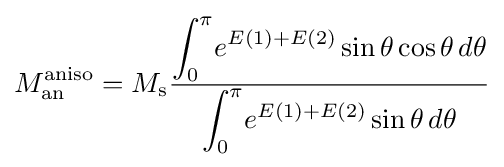
M_{\text{an}}^{\text{aniso}}=M_{\text{s}}{\frac {\displaystyle \int _{0}^{\pi }\!e^{E(1)+E(2)}\sin \theta \cos \theta \,d\theta }{\displaystyle \int _{0}^{\pi }\!e^{E(1)+E(2)}\sin \theta \,d\theta }}